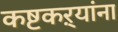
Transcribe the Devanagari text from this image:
कष्टकऱ्यांना